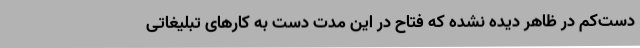
دست‌کم در ظاهر دیده نشده که فتاح در این مدت دست به کارهای تبلیغاتی